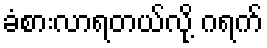
ခံစားလာရတယ်လို့ ဂရက်